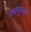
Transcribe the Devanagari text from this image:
रेस्क्यूकॉम